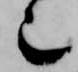
也